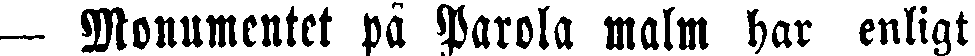
— Monumentet på Parola malm har enligt